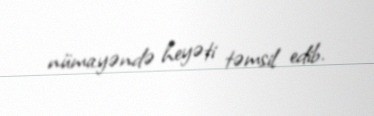
nümayəndə heyəti təmsil edib.